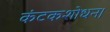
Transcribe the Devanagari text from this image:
कंटकशोधन।